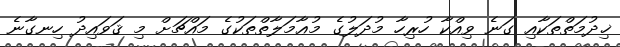
ޚިދުމަތްތަކާއި ގަނެ ވިއްކާ ހުރިހާ މުދަލުގެ މުޢާމަލާތްތަކުގެ މައްޗަށް މި ޤަވައިދު ހިނގާނެ